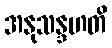
အနုသန္ဒဟတိ